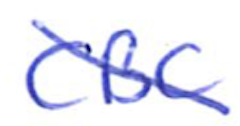
Text: CBC
Cross-out: diagonal
Writing tool: ballpoint